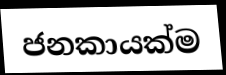
ජනකායක්ම